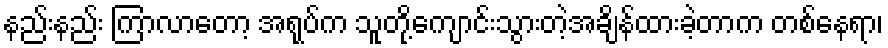
နည်းနည်း ကြာလာတော့ အရုပ်က သူတို့ကျောင်းသွားတဲ့အချိန်ထားခဲ့တာက တစ်နေရာ၊